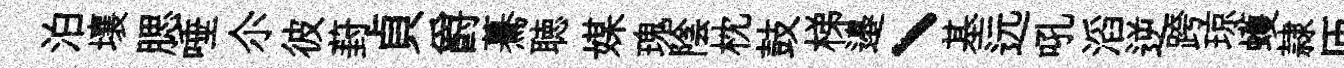
泊壤腮唾尒彼葑貞爵驀聴媒瑰陰枕鼓梯邉丶基远吼滔逆跨琼蠖隷匝